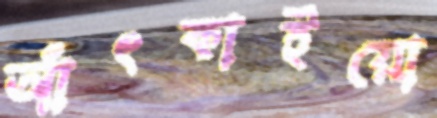
আঁৎকাইয়ো